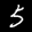
Label: 5